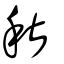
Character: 秋